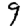
Digit: 9